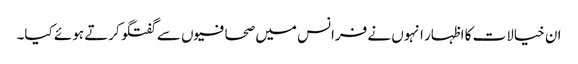
ان خیالات کا اظہار انہوں نے فرانس میں صحافیوں سے گفتگو کرتے ہوئے کیا۔